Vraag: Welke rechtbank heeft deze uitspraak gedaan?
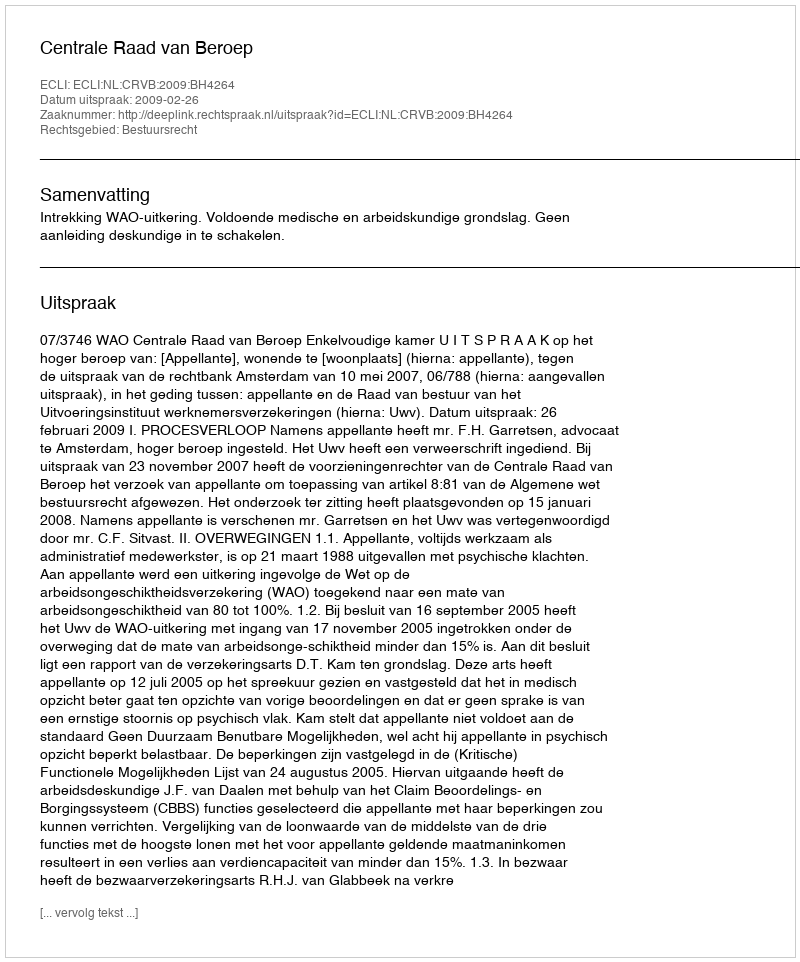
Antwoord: Centrale Raad van Beroep